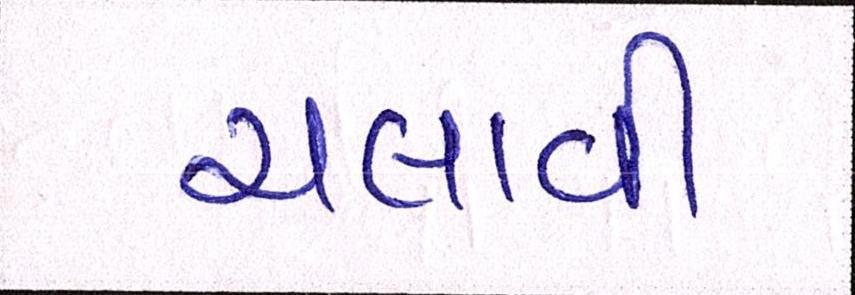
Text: ચલાવી